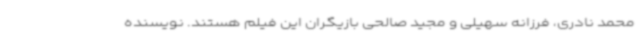
محمد نادری، فرزانه سهیلی و مجید صالحی بازیگران این فیلم هستند. نویسنده